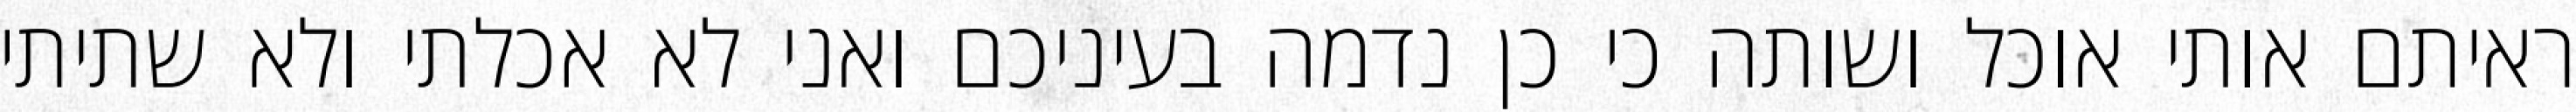
ראיתם אותי אוכל ושותה כי כן נדמה בעיניכם ואני לא אכלתי ולא שתיתי